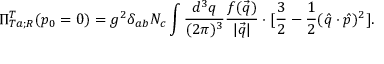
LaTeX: \Pi _ { T a ; R } ^ { T } ( p _ { 0 } = 0 ) = g ^ { 2 } \delta _ { a b } N _ { c } \int \frac { d ^ { 3 } q } { ( 2 \pi ) ^ { 3 } } \frac { f ( \vec { q } ) } { | \vec { q } | } \cdot [ \frac { 3 } { 2 } - \frac { 1 } { 2 } ( \hat { q } \cdot \hat { p } ) ^ { 2 } ] .